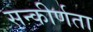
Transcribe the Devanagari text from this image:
सन्कीर्णता